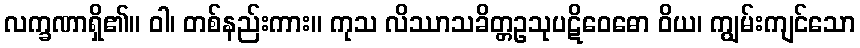
လက္ခဏာရှိ၏။ ဝါ၊ တစ်နည်းကား။ ကုသ လိဿာသခိတ္တဥသုပဋိဝေဓော ဝိယ၊ ကျွမ်းကျင်သော